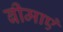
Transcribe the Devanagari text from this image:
बीमाएं